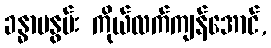
ခန္ဓာမနွမ်း ကိုယ်လက်ကျန်အောင်,